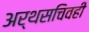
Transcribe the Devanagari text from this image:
अर्थसचिवही